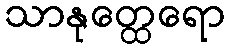
သာနုတ္ထေရော